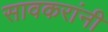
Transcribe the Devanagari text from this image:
सावकरांनी